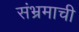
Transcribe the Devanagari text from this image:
संभ्रमाची